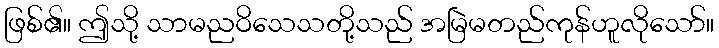
ဖြစ်၏။ ဤသို့ သာမညဝိသေသတို့သည် အမြဲမတည်ကုန်ဟူလိုသော်။